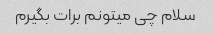
سلام چی میتونم برات بگیرم